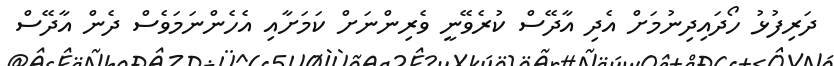
ދަރިފުޅު ހޯދައިދިނުމަށް އެދި އާދޭސް ކުރެވޭނީ ވެރިންނަށް ކަމަށާއި އެހެންނަމަވެސް ދެން އާދޭސް